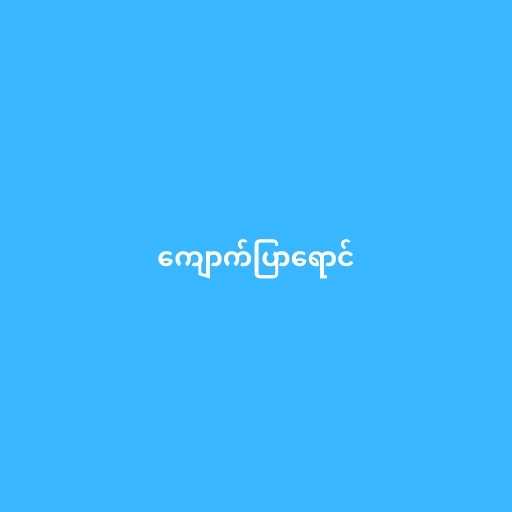
ကျောက်ပြာရောင်